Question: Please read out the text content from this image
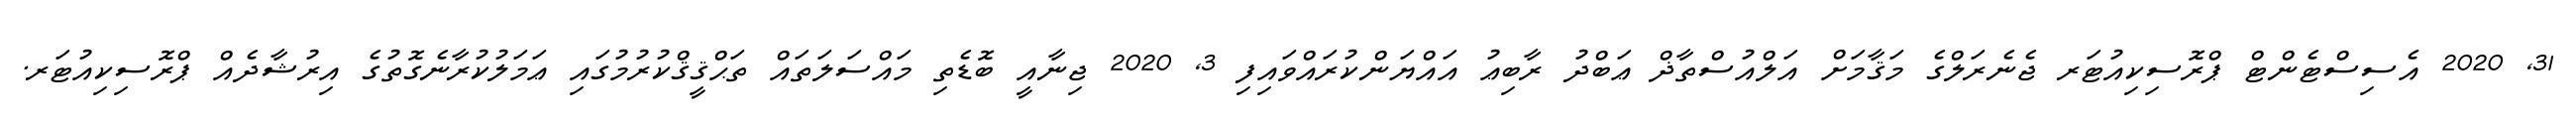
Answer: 31, 2020 އެސިސްޓެންޓް ޕްރޮސިކިއުޓަރ ޖެނެރަލްގެ މަޤާމަށް އަލްއުސްތާޛް ޢަބްދު ރާބިޢު އައްޔަންކުރައްވައިފި 3, 2020 ޖިނާއީ ބޮޑެތި މައްސަލަތައް ތަޙްޤީޤްކުރުމުގައި ޢަމަލުކުރާނެގޮތުގެ އިރުޝާދެއް ޕްރޮސިކިއުޓަރ.